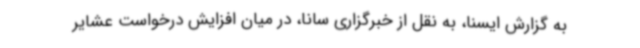
به گزارش ایسنا، به نقل از خبرگزاری سانا، در میان افزایش درخواست عشایر